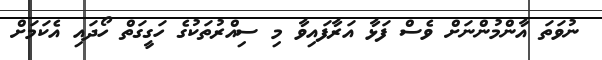
ނުވަތަ އާންމުންނަށް ވެސް ފަޅާ އަރާފައިވާ މި ސިއްރުތަކުގެ ހަގީގަތް ހޯދައި އެކަމަށް